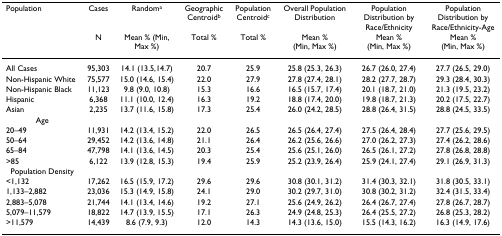
<table><thead><tr><td><b>Population</b></td><td><b>Cases</b></td><td><b>Random<sup>a</sup></b></td><td><b>Geographic Centroid<sup>b</sup></b></td><td><b>Population Centroid<sup>c</sup></b></td><td><b>Overall Population Distribution</b></td><td><b>Population Distribution by Race/Ethnicity</b></td><td><b>Population Distribution by Race/Ethnicity-Age</b></td></tr><tr><td></td><td><b>N</b></td><td><b>Mean % (Min, Max %)</b></td><td><b>Total %</b></td><td><b>Total %</b></td><td><b>Mean % (Min, Max %)</b></td><td><b>Mean % (Min, Max %)</b></td><td><b>Mean % (Min, Max %)</b></td></tr></thead><tbody><tr><td>All Cases</td><td>95,303</td><td>14.1 (13.5,14.7)</td><td>20.7</td><td>25.9</td><td>25.8 (25.3, 26.3)</td><td>26.7 (26.0, 27.4)</td><td>27.7 (26.5, 29.0)</td></tr><tr><td>Non-Hispanic White</td><td>75,577</td><td>15.0 (14.6, 15.4)</td><td>22.0</td><td>27.9</td><td>27.8 (27.4, 28.1)</td><td>28.2 (27.7, 28.7)</td><td>29.3 (28.4, 30.3)</td></tr><tr><td>Non-Hispanic Black</td><td>11,123</td><td>9.8 (9.0, 10.8)</td><td>15.3</td><td>16.6</td><td>16.5 (15.7, 17.4)</td><td>20.1 (18.7, 21.0)</td><td>21.3 (19.5, 23.2)</td></tr><tr><td>Hispanic</td><td>6,368</td><td>11.1 (10.0, 12.4)</td><td>16.3</td><td>19.2</td><td>18.8 (17.4, 20.0)</td><td>19.8 (18.7, 21.3)</td><td>20.2 (17.5, 22.7)</td></tr><tr><td>Asian</td><td>2,235</td><td>13.7 (11.6, 15.8)</td><td>17.3</td><td>25.4</td><td>26.0 (24.2, 28.5)</td><td>28.8 (26.4, 31.5)</td><td>28.8 (24.5, 33.5)</td></tr><tr><td>Age</td><td></td><td></td><td></td><td></td><td></td><td></td><td></td></tr><tr><td>20–49</td><td>11,931</td><td>14.2 (13.4, 15.2)</td><td>22.0</td><td>26.5</td><td>26.5 (26.4, 27.4)</td><td>27.5 (26.4, 28.4)</td><td>27.7 (25.6, 29.5)</td></tr><tr><td>50–64</td><td>29,452</td><td>14.2 (13.6, 14.8)</td><td>21.1</td><td>26.4</td><td>26.2 (25.6, 26.6)</td><td>27.0 (26.2, 27.3)</td><td>27.4 (26.2, 28.6)</td></tr><tr><td>65–84</td><td>47,798</td><td>14.1 (13.6, 14.5)</td><td>20.3</td><td>25.4</td><td>25.6 (25.1, 26.0)</td><td>26.5 (26.1, 27.2)</td><td>27.8 (26.8, 28.8)</td></tr><tr><td>&gt;85</td><td>6,122</td><td>13.9 (12.8, 15.3)</td><td>19.4</td><td>25.9</td><td>25.2 (23.9, 26.4)</td><td>25.9 (24.1, 27.4)</td><td>29.1 (26.9, 31.3)</td></tr><tr><td>Population Density</td><td></td><td></td><td></td><td></td><td></td><td></td><td></td></tr><tr><td>&lt;1,132</td><td>17,262</td><td>16.5 (15.9, 17.2)</td><td>29.6</td><td>29.6</td><td>30.8 (30.1, 31.2)</td><td>31.4 (30.3, 32.1)</td><td>31.8 (30.5, 33.1)</td></tr><tr><td>1,133–2,882</td><td>23,036</td><td>15.3 (14.9, 15.8)</td><td>24.1</td><td>29.0</td><td>30.2 (29.7, 31.0)</td><td>30.8 (30.2, 31.2)</td><td>32.4 (31.5, 33.4)</td></tr><tr><td>2,883–5,078</td><td>21,744</td><td>14.1 (13.4, 14.6)</td><td>19.2</td><td>27.1</td><td>25.6 (24.9, 26.2)</td><td>26.4 (26.7, 27.4)</td><td>27.8 (26.7, 28.7)</td></tr><tr><td>5,079–11,579</td><td>18,822</td><td>14.7 (13.9, 15.5)</td><td>17.1</td><td>26.3</td><td>24.9 (24.8, 25.3)</td><td>26.4 (25.5, 27.2)</td><td>26.8 (25.3, 28.2)</td></tr><tr><td>&gt;11,579</td><td>14,439</td><td>8.6 (7.9, 9.3)</td><td>12.0</td><td>14.3</td><td>14.3 (13.6, 15.0)</td><td>15.5 (14.3, 16.2)</td><td>16.3 (14.9, 17.6)</td></tr></tbody></table>